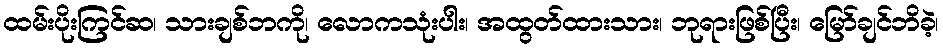
ထမ်းပိုးကြင်ဆ၊ သားချစ်ဘကို၊ လောကသုံးပါး၊ အထွတ်ထားသား၊ ဘုရားဖြစ်ပြီး၊ မြော်ချင်ဘိခဲ့၊